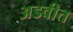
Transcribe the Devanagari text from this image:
अडवीत